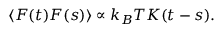
\langle F ( t ) F ( s ) \rangle \propto k _ { B } T K ( t - s ) .